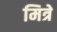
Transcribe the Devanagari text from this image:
मित्रे